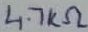
Text: 4.7KΩ